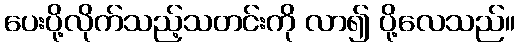
ပေးပို့လိုက်သည့်သတင်းကို လာ၍ ပို့လေသည်။